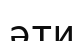
әти